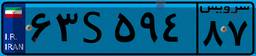
۲۲S۶۹۰۸۶